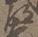
部